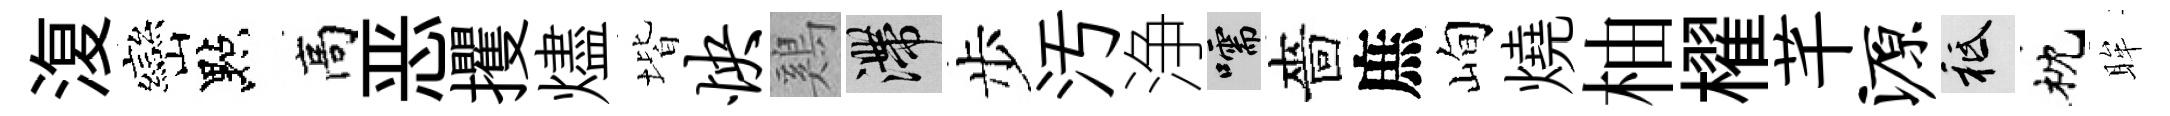
𣸪巒點高恶攫燼堦怏鷄滯步汚浄嚅嗇庶峋燒柚櫂芊源祇枕眸